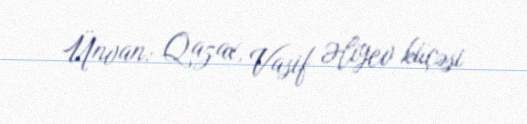
Ünvan: Qazax, Vasif Əliyev küçəsi